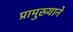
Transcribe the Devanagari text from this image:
प्रामुख्‍याने